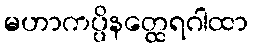
မဟာကပ္ပိနတ္ထေရဂါထာ